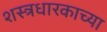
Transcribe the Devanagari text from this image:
शस्त्रधारकाच्या